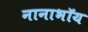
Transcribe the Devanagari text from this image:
नानाभॉय